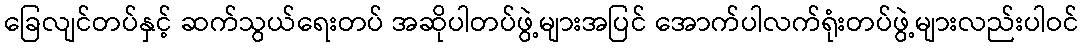
ခြေလျင်တပ်နှင့် ဆက်သွယ်ရေးတပ် အဆိုပါတပ်ဖွဲ့များအပြင် အောက်ပါလက်ရုံးတပ်ဖွဲ့များလည်းပါဝင်